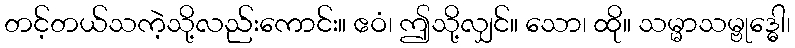
တင့်တယ်သကဲ့သို့လည်းကောင်း။ ဧဝံ၊ ဤသို့လျှင်။ သော၊ ထို။ သမ္မာသမ္ဗုဒ္ဓေါ၊